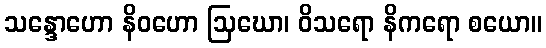
သန္ဒောဟော နိဝဟော ဩဃော၊ ဝိသရော နိကရော စယော။